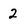
Character: 2